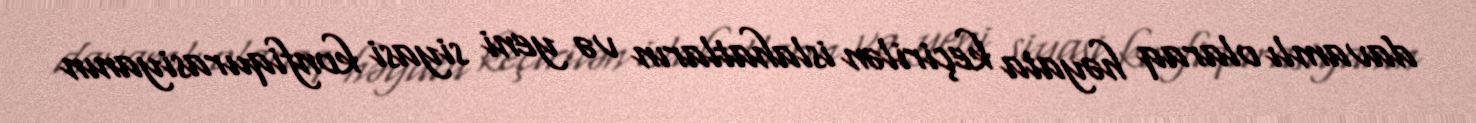
davamlı olaraq həyata keçirilən islahatların və yeni siyasi konfiqurasiyanın